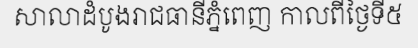
សាលាដំបូងរាជធានីភ្នំពេញ កាលពីថ្ងៃទី៥